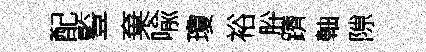
配䜿棄喩瓊裕肸躋軸隙